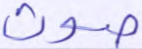
صوت